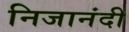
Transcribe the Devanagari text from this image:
निजानंदी